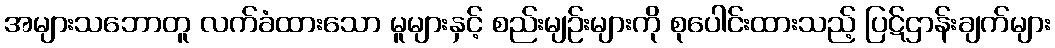
အများသဘောတူ လက်ခံထားသော မူများနှင့် စည်းမျဉ်းများကို စုပေါင်းထားသည့် ပြဋ်ဌာန်းချက်များ